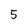
Character: 5